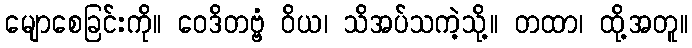
မျောစေခြင်းကို။ ဝေဒိတဗ္ဗံ ဝိယ၊ သိအပ်သကဲ့သို့။ တထာ၊ ထို့အတူ။